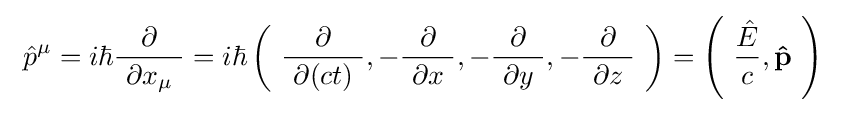
\ {\hat {p}}^{\mu }=i\hbar {\frac {\partial }{\ \partial x_{\mu }\ }}=i\hbar \left(\ {\frac {\partial }{\ \partial (ct)\ }},-{\frac {\partial }{\ \partial x\ }},-{\frac {\partial }{\ \partial y\ }},-{\frac {\partial }{\ \partial z\ }}\ \right)=\left(\ {\frac {\hat {E}}{c}},\mathbf {\hat {p}} \ \right)~